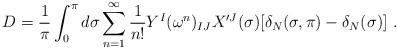
LaTeX: \begin{align*}D=\frac{1}{\pi}\int_0^{\pi}d\sigma \sum_{n=1}^{\infty}\frac{1}{n!}Y^I(\omega^n)_{IJ}X'^J(\sigma)[\delta_N (\sigma,\pi)-\delta_N (\sigma) ] \ .\end{align*}